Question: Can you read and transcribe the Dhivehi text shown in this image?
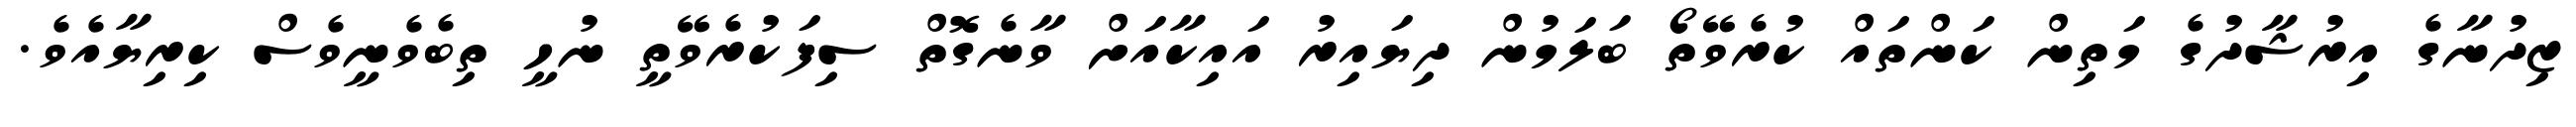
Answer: ޒިދުނާގެ އިރުޝާދުގެ މަތިން ކަންތައް ކުރެވޭތޯ ބަލަމުން ދިޔައިރު އައިކާއަށް ވާނެގޮތް ސިފަކުރެވޭތީ ނުހީ ތިބެވެނީވެސް ކިރިޔާއެވެ.